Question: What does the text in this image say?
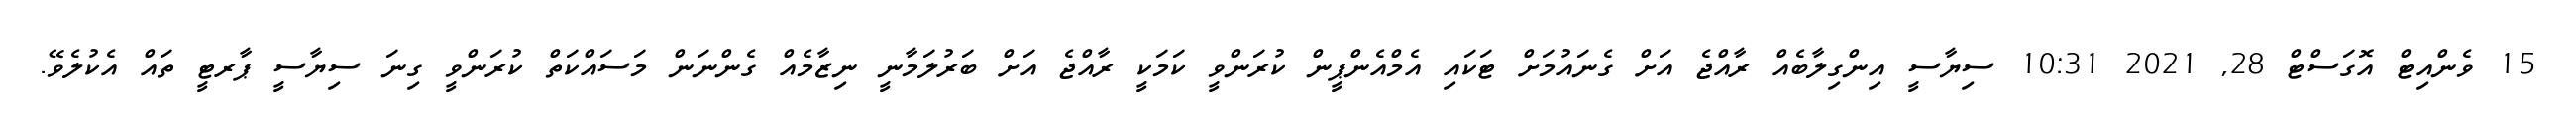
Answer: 15 ވެންއިޓް އޮގަސްޓް 28, 2021 10:31 ސިޔާސީ އިންގިލާބެއް ރާއްޖެ އަށް ގެނައުމަށް ޓަކައި އެމްއެންޕީން ކުރަންވީ ކަމަކީ ރާއްޖެ އަށް ބަރުލަމާނީ ނިޒާމެއް ގެންނަން މަސައްކަތް ކުރަންވީ ގިނަ ސިޔާސީ ޕާރޓީ ތައް އެކުލެވޭ.